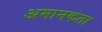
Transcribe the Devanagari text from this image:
अमानकता